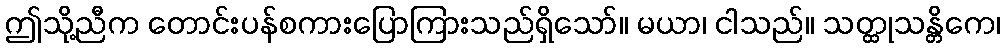
ဤသို့ညီက တောင်းပန်စကားပြောကြားသည်ရှိသော်။ မယာ၊ ငါသည်။ သတ္ထုသန္တိကေ၊